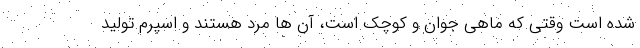
شده است وقتی که ماهی جوان و کوچک است، آن ها مرد هستند و اسپرم تولید